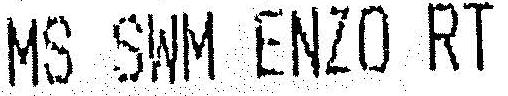
MS SWM ENZO RT